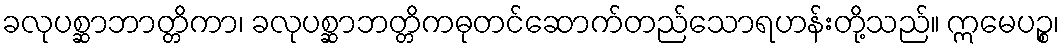
ခလုပစ္ဆာဘာတ္တိကာ၊ ခလုပစ္ဆာဘတ္တိကဓုတင်ဆောက်တည်သောရဟန်းတို့သည်။ ဣမေပဉ္စ၊